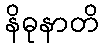
နိဓုနာတိ